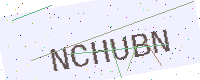
Text: NCHUBN